Indian journal of veterinary science and animal husbandry - Volumes 28-29, 1958-1959
Year: 1958
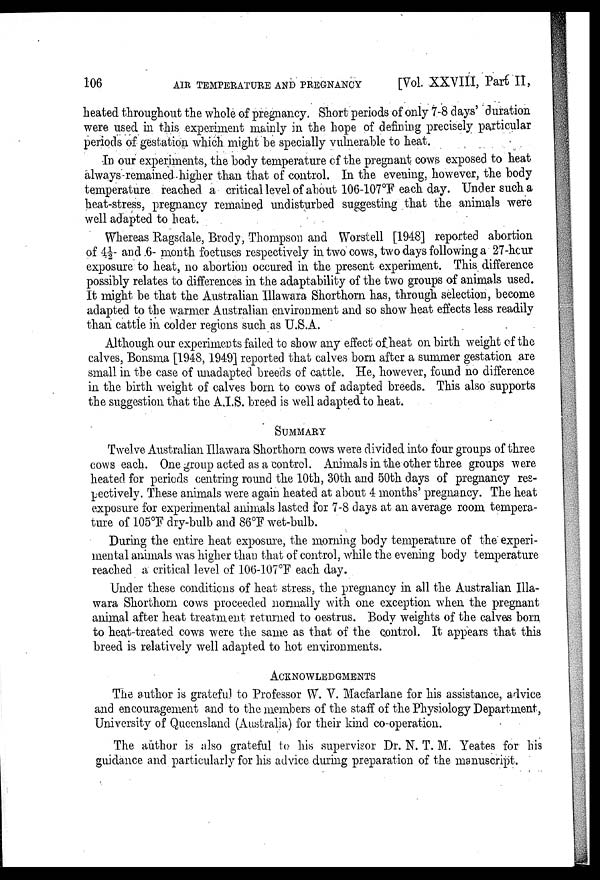
106
AIR TEMPERATURE AND PREGNANCY
[Vol. XXVIII, Part II,
heated throughout the whole of pregnancy. Short periods of only 7-8 days' duration
were used in this experiment mainly in the hope of defining precisely particular
periods of gestation which might be specially vulnerable to heat.
In our experiments, the body temperature of the pregnant cows exposed to heat
always-remained higher than that of control. In the evening, however, the body
temperature reached a critical level of about 106-107°F each day. Under such a
heat-stress, pregnancy remained undisturbed suggesting that the animals were
well adapted to heat.
Whereas Ragsdale, Brody, Thompson and Worstell [1948] reported abortion
of 4½ and 6- month foetuses respectively in two cows, two days following a 27-hour
exposure to heat, no abortion occured in the present experiment. This difference
possibly relates to differences in the adaptability of the two groups of animals used.
It might be that the Australian Illawara Shorthorn has, through selection, become
adapted to the warmer Australian environment and so show heat effects less readily
than cattle in colder regions such as U.S.A.
Although our experiments failed to show any effect of heat on birth weight of the
calves, Bonsma [1948, 1949] reported that calves born after a summer gestation are
small in the case of unadapted breeds of cattle. He, however, found no difference
in the birth weight of calves born to cows of adapted breeds. This also supports
the suggestion that the A.I.S. breed is well adapted to heat.
SUMMARY
Twelve Australian Illawara Shorthorn cows were divided into four groups of three
cows each. One group acted as a control. Animals in the other three groups were
heated for periods centring round the 10th, 30th and 50th days of pregnancy res-
pectively. These animals were again heated at about 4 months' pregnancy. The heat
exposure for experimental animals lasted for 7-8 days at an average room tempera-
ture of 105°F dry-bulb and 86°F wet-bulb.
During the entire heat exposure, the morning body temperature of the experi-
mental animals was higher than that of control, while the evening body temperature
reached a critical level of 106-107°F each day.
Under these conditions of heat stress, the pregnancy in all the Australian Illa-
wara Shorthorn cows proceeded normally with one exception when the pregnant
animal after heat treatment returned to oestrus. Body weights of the calves born
to heat-treated cows were the same as that of the control. It appears that this
breed is relatively well adapted to hot environments.
ACKNOWLEDGMENTS
The author is grateful to Professor W. V. Macfarlane for his assistance, advice
and encouragement and to the members of the staff of the Physiology Department,
University of Queensland (Australia) for their kind co-operation.
The author is also grateful to his supervisor Dr. N. T. M. Yeates for his
guidance and particularly for his advice during preparation of the manuscript.